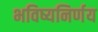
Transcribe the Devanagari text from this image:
भविष्यनिर्णय